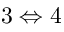
3 \Leftrightarrow 4